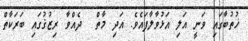
ޚުތުބާގައި ވަނީ އަލި އަޅުވާލާފައެވެ. އަދި މާތް  ދެއްވާ ރިޒުޤުގައި ބަރަކާތް